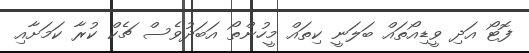
ފޮޓޯ އަދި ވީޑިއޯތައް ބަލަނީ ކިތައް މީހުންތޯ އަބަދުވެސް ޗެކް ކުރާ ކަމަށާއި